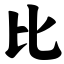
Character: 比